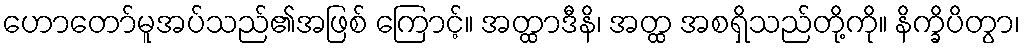
ဟောတော်မူအပ်သည်၏အဖြစ် ကြောင့်။ အတ္ထာဒီနိ၊ အတ္ထ အစရှိသည်တို့ကို။ နိက္ခိပိတွာ၊